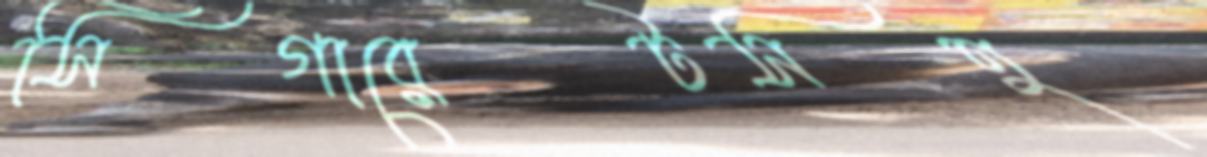
সিগারেটসহ